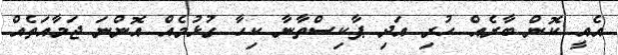
އެއީ ކޮން ބާރެއް ހުރި އަދި ޕާކިސްތާނާ ކިހާ ގުޅުމެއް އޮންނަ ޖަމާއަތެއް